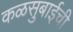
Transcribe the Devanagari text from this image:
कळसुबाईची